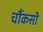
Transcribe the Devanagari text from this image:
चौंकसी